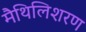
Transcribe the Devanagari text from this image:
मैथिलिशरण